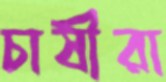
চাষীরা